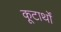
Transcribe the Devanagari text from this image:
कूटार्थों